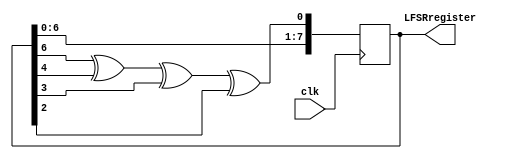
`timescale 1ns / 1ps
//////////////////////////////////////////////////////////////////////////////////
// Company: 
// Engineer: 
// 
// Design Name: 
// Module Name: random_numgen
// Project Name: 
// Target Devices: 
// Tool Versions: 
// Description: 
// 
// Dependencies: 
// 
// Revision:
// Revision 0.01 - File Created
// Additional Comments:
// 
//////////////////////////////////////////////////////////////////////////////////

module lfsr #(parameter seed = 8'b1) (output reg[7:0] LFSRregister, input clk);

    // initially register will contain seed value
    initial begin
        LFSRregister = seed;
    end

    // at edge of each clock pulse, shift and XOR required bits
    always @(posedge clk) begin
        LFSRregister = LFSRregister << 1;
        LFSRregister[0] = LFSRregister[7] ^ LFSRregister[5] ^ LFSRregister[4] ^ LFSRregister[3];
    end
endmodule